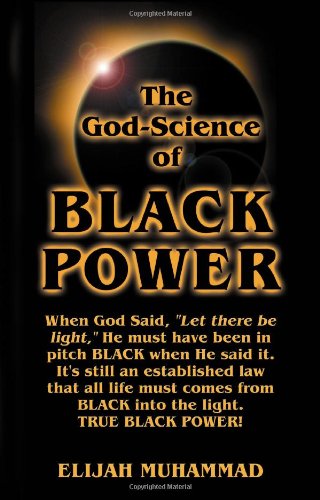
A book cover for The God-Science Of Black Power; Elijah Muhammad; Religion & Spirituality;